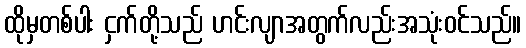
ထိုမှတစ်ပါး ငှက်တို့သည် ဟင်းလျာအတွက်လည်းအသုံးဝင်သည်။